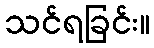
သင်ရခြင်း။